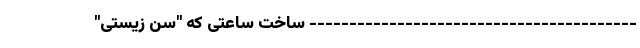
----------------------------------------- ساخت ساعتی که "سن زیستی"